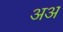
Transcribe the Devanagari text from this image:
अअ